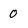
Character: 0